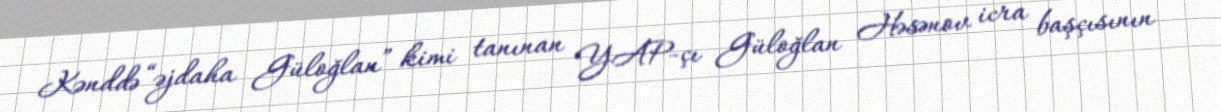
Kənddə “əjdaha Güloğlan” kimi tanınan YAP-çı Güloğlan Həsənov icra başçısının